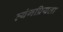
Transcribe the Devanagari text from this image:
व्यंगप्रियता